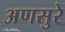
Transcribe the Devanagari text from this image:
अणसुरे